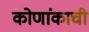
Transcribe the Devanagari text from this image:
कोणांकाची